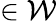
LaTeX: \in{\cal W}